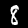
Digit: 8